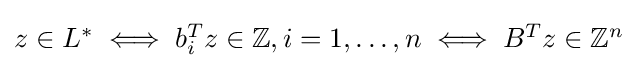
{\textstyle z\in L^{*}\iff b_{i}^{T}z\in \mathbb {Z} ,i=1,\ldots ,n\iff B^{T}z\in \mathbb {Z} ^{n}}